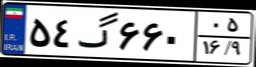
۵۳گ۳۶۵۸۹